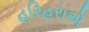
હરિહરાએ